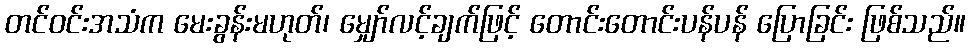
တင်ဝင်းအသံက မေးခွန်းမဟုတ်၊ မျှော်လင့်ချက်ဖြင့် တောင်းတောင်းပန်ပန် ပြောခြင်း ဖြစ်သည်။